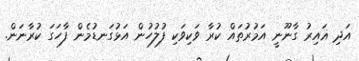
އަދި ޣައިރު ގާނޫނީ އަމުރުތައް ކުރާ ވަކިވަކި ފުލުހުން އަޅުގަނޑުމެން ފާހަގަ ކުރާނަން.